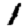
Digit: 1